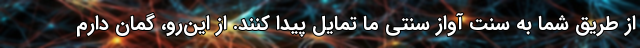
از طریق شما به سنت آواز سنتی ما تمایل پیدا کنند. از این‌رو، گمان دارم